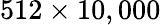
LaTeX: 512\times 10,000